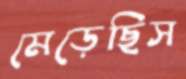
মেড়েছিস